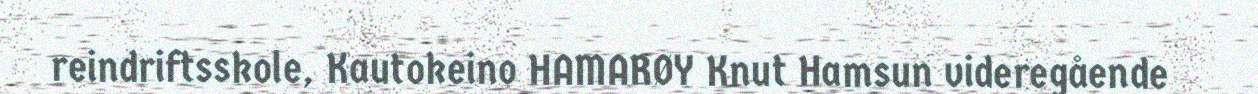
reindriftsskole, Kautokeino HAMARØY Knut Hamsun videregående